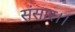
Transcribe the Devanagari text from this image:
संसार।।